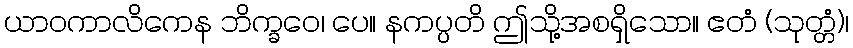
ယာဝကာလိကေန ဘိက္ခဝေ၊ ပေ။ နကပ္ပတိ ဤသို့အစရှိသော။ ဧတံ (သုတ္တံ)၊